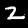
Label: 2